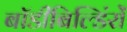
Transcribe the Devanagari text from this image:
बॉडीबिल्डिंरों